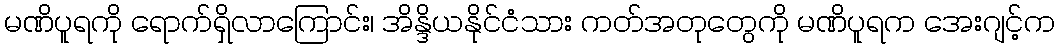
မဏိပူရကို ရောက်ရှိလာကြောင်း၊ အိန္ဒိယနိုင်ငံသား ကတ်အတုတွေကို မဏိပူရက အေးဂျင့်က